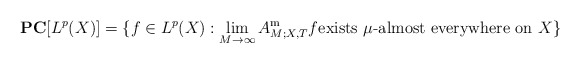
\begin{align*}\mathbf P\mathbf C[L^{p}(X)]=\{f\in L^{p}(X): \lim_{M\to\infty}A_{M;X, T}^{\mathrm m}f \text{exists $\mu$-almost everywhere on $X$}\}\end{align*}